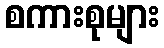
စကားစုများ